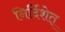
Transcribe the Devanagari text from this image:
निर्दिशेत्